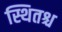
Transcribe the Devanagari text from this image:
स्थितश्च